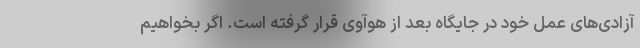
آزادی‌های عمل خود در جایگاه بعد از هوآوی قرار گرفته است. اگر بخواهیم